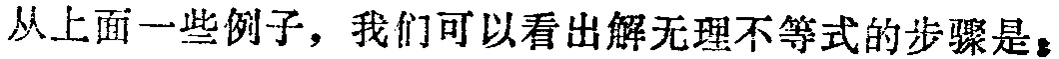
从上面一些例子，我们可以看出解无理不等式的步骤是：